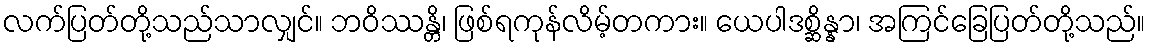
လက်ပြတ်တို့သည်သာလျှင်။ ဘဝိဿန္တိ၊ ဖြစ်ရကုန်လိမ့်တကား။ ယေပါဒစ္ဆိန္နာ၊ အကြင်ခြေပြတ်တို့သည်။